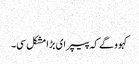
‏
کہوو گے کہ پیپر ای بڑا مشکل سی۔